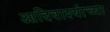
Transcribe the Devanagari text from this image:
आदिवाश्यांच्या